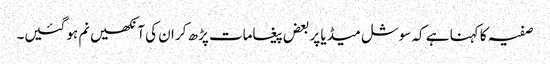
صفیہ کا کہنا ہے کہ سوشل میڈیا پر بعض پیغامات پڑھ کر ان کی آنکھیں نم ہو گئیں۔